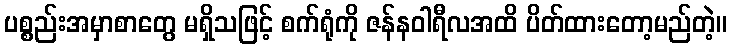
ပစ္စည်းအမှာစာတွေ မရှိသဖြင့် စက်ရုံကို ဇန်နဝါရီလအထိ ပိတ်ထားတော့မည်တဲ့။